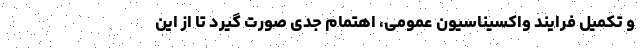
و تکمیل فرایند واکسیناسیون عمومی، اهتمام جدی صورت گیرد تا از این